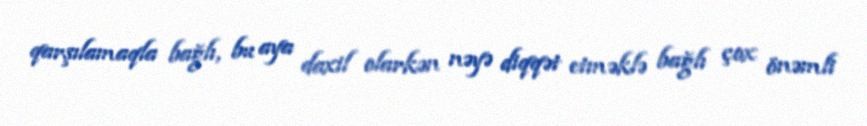
qarşılamaqla bağlı, bu aya daxil olarkən nəyə diqqət etməklə bağlı çox önəmli